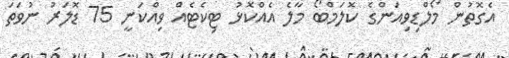
އެގޮތުން މޯލްޑިވިއަންގެ ކޮލަމްބޯ މާލެ އެއްކޮޅު ޓިކެޓެއް ވިއްކަނީ 75 ޑޮލަރު ނުވަތަ